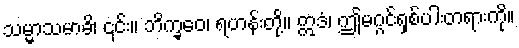
သမ္မာသမာဓိ၊ ၎င်း။ ဘိက္ခဝေ၊ ရဟန်းတို့။ ဣဒံ၊ ဤမဂ္ဂင်ရှစ်ပါးတရားကို။